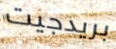
بريدجيت